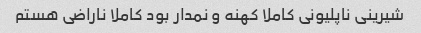
شیرینی ناپلیونی کاملا کهنه و نمدار بود کاملا ناراضی هستم